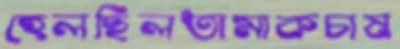
হেলছিলতামাকচাষ